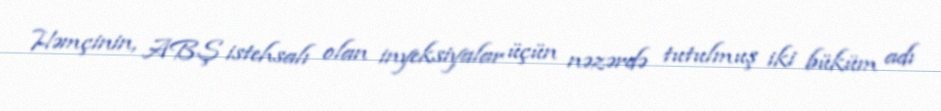
Həmçinin, ABŞ istehsalı olan inyeksiyalar üçün nəzərdə tutulmuş iki büküm adı